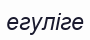
егуліге